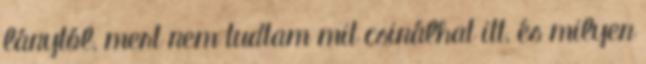
lánytól, mert nem tudtam mit csinálhat itt, és milyen